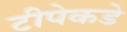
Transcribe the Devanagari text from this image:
टीपेकडे